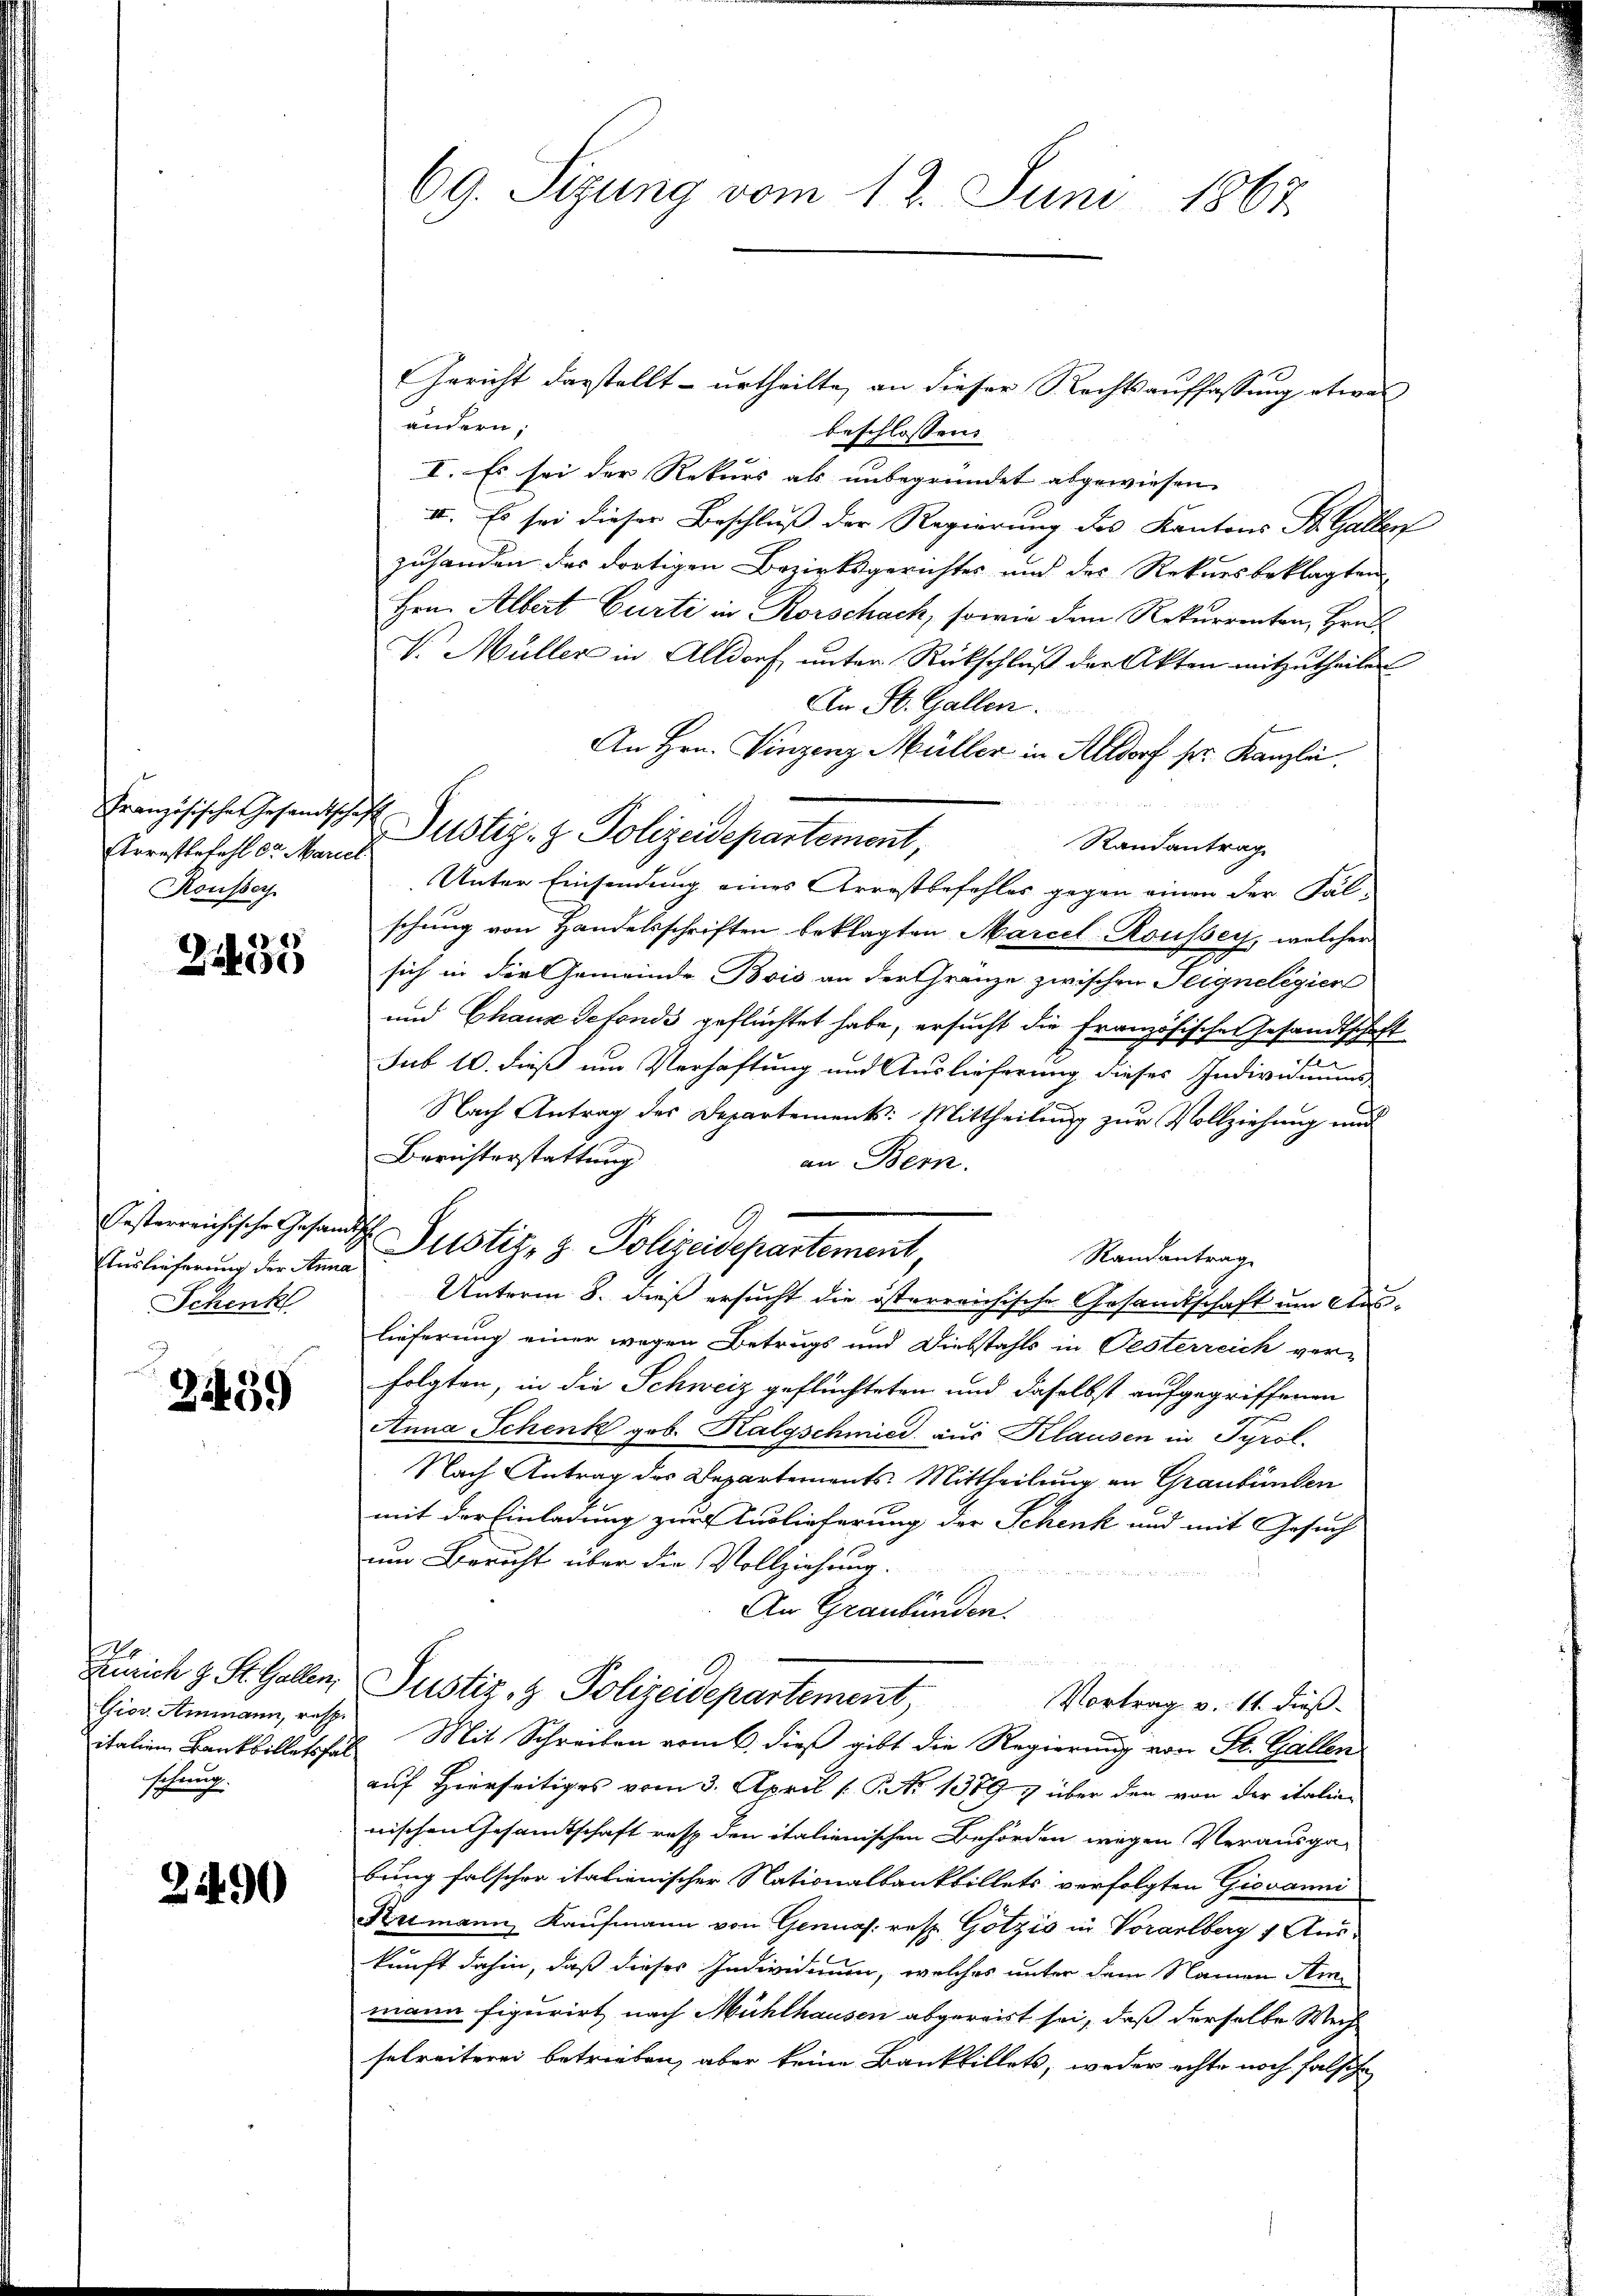
Französische Gesandtschaft
Arrestbefehl Sr. Mariel
Rousser

8)
2200

Auslieferung der Anna
Schenk

2459

t
Zürich z. St. Gallen;
Giov. Ammann, resp.
schung.

24490

Gericht darstellt - urtheilte, an dieser Rechtsauffassung etwas
ändern,
beschlossen |
I. Es sei der Rekurs als unbegründet abgewiesen.
II. Es sei dieser Beschluß der Regierung des Kantons St. Gallen
zuhanden das dortigen Bezirksgerichtes und des Rekursbeklagten
Hrn. Albert Gurti in Korschach, sowie dem Rekurrenten, Hrn.
V. Müller in Altdorf unter Rückschluß der Akten mitzutheilen
An St. Gallen.
An Hrn. Vinzenz Müller in Altdorf pr. Kanzli.
Justiz- & Polizeidepartemont,
Randantrag
Unter Einsendung eines Arrestbefohles gegen einen der Fälschung von Handelsschriften beklagten Marcel-Roussey, welcher
sich in der Gemeinde Bois an der Gränze zwischen Teigneligier
und Chaux defonds geflüchtet habe, ersucht die Französischen Gesandtschaft
2
sub 10. dieß um Verhaftung und Auslieferung dieses Individuums
Nach Antrag des Departements: Mittheilung zur Vollziehung und
Berichterstattung
an Bern.
Randantrag
Unterm 8. dieß ersucht die österreichische Gesandtschaft um Auslieferung einer wegen Betrugs und Diebstahls in Pesterreich ver-
folgten, in die Schweiz geflüchteten und daselbst aufgegriffenen
Anna Schenk geb. Kalgschmied aus Klausen in Tyrol.
Nach Antrag des Departements Mittheilung an Graubünden
mit der Einladung zur Auslieferung der Schenk und mit Gesuch
um Bericht über die Vollziehung.
An Graubünden.
Justiz- & Polizeidepartement,
Vortrag v. 11. dieß.
italien Bankbilletafel Mit Schreiben vom 6. dieß gibt die Regierung von St. Gallen
auf Hierseitiges vom 3. April [No 13797 über den von der italien
nischen Gesandtschaft resp. den italienischen Behörden wegen Verausgabung falscher italienischer Nationalbankfillets verfolgten Giovanni
Kremann Kaufmann von Genuas: resp. Götzis in Vorarlberg 1 Auskunft dahin, daß dieses Individuum, welches unter dem Namen Ammann figurirt nach Mühlhausen abgereist sei, daß derselbe Weis
selreiterei betrieben, aber keine Bankbillets, weder echte noch falsche

69. Sizung vom 13. Juni 1867

isterreichische Gesandt Justiz- & Polizeidepartement,